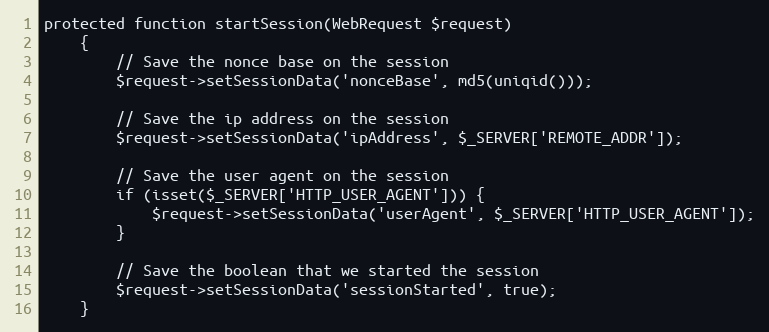
Language: PHP
protected function startSession(WebRequest $request)
    {
        // Save the nonce base on the session
        $request->setSessionData('nonceBase', md5(uniqid()));

        // Save the ip address on the session
        $request->setSessionData('ipAddress', $_SERVER['REMOTE_ADDR']);

        // Save the user agent on the session
        if (isset($_SERVER['HTTP_USER_AGENT'])) {
            $request->setSessionData('userAgent', $_SERVER['HTTP_USER_AGENT']);
        }

        // Save the boolean that we started the session
        $request->setSessionData('sessionStarted', true);
    }